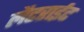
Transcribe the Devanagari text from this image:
लैटराईट